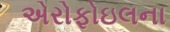
એરોફોઇલના